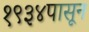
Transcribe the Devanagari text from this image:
१९३४पासून